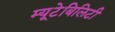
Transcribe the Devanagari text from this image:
म्यूटेबिलिटी